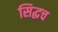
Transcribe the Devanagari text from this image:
सिद्धच